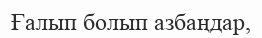
Ғалып болып азбаңдар,